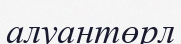
алуантөрл